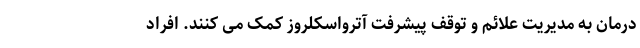
درمان به مدیریت علائم و توقف پیشرفت آترواسکلروز کمک می کنند. افراد